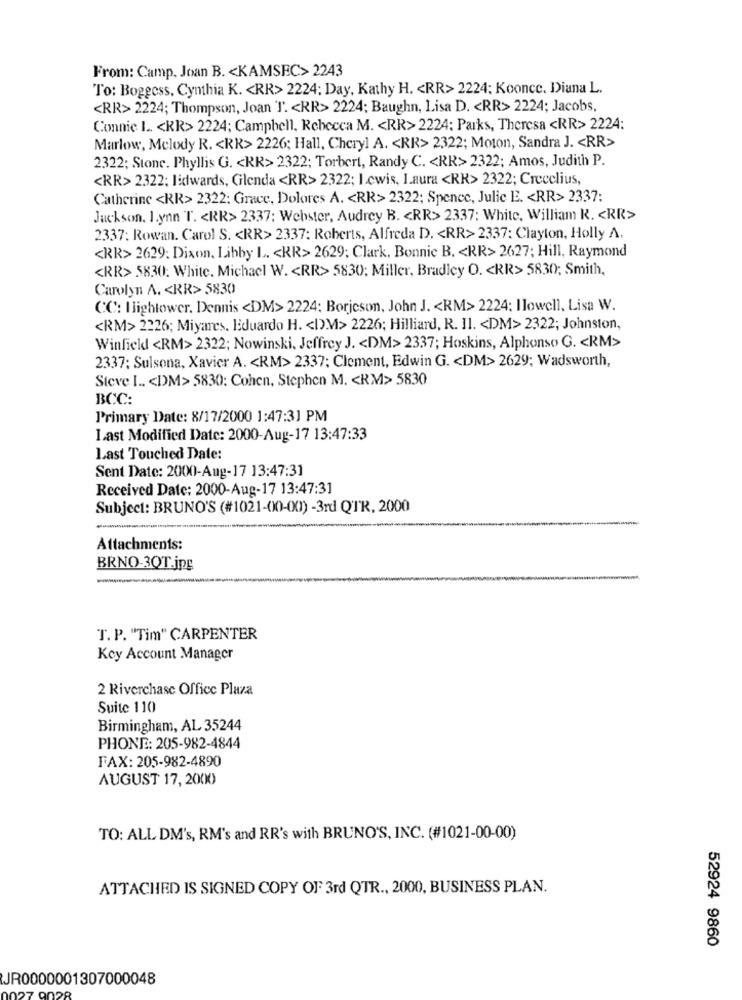
From: Camp, Joan B. < KAMSEC> 2243
To: Boggcss, Cynthia K. < RR> 2224; Day, Kathy H. < RR> 2224; Koonce. Diana L.
<RR> 2224; Thompson, Joan T. < RR> 2224; Baughn, Lisa D. < RR> 2224; Jacobs,
Connie I .. < KR> 2224; Campbell, Rebecca M. < RR> 2224; Parks, Theresa <RR> 2224:
Marlow, Melody R. < RR> 2226; Hall, Cheryl A. < RR> 2322; Moton, Sandra J. < RR>
2322; Stone. Phyllis G. < RR> 2322; Torbert, Randy C. < RR> 2322; Amos, Judith P.
<RR> 2322; lidwards, Glenda <RR> 2322; I .ewis, Laura <RK> 2322; Crecelius,
Catherine <RR> 2322; Grace, Dolores A. < RR> 2322; Spenec, Julie E. < RR> 2337:
Jackson. 1.ynn T. < RR> 2337; Webster, Audrey B. < RR> 2337: White, William R. < RR>
2337: Rowan. Carol S. < RR> 2337: Roberts, Alfreda D. < RR> 2337: Clayton, Holly A.
<RR> 2629: Dixon, Libby L. < KR> 2629; Clark, Bonnie B. < RR> 2627; Hill, Raymond
<RR> 5830: White. Michael W. < RR> 5830; Miller, Bradley O. < KR> 5830); Smith,
Carolyn A. < RR> 5830
CC: Hightower. Dennis <DM> 2224: Borjeson, John J. < RM> 2224: Ilowell, Lisa W.
<RM> 2226; Miyares. Eduardo H. < D.M> 2226; Hilliard, R. 11. < DM> 2322; Johnston,
Winfield <RM> 2322; Nowinski, Jeffrey J. < DM> 2337; Hoskins, Alphonso G. < RM>
2337: Sulsona, Xavier A. < RM> 2337; Clement, Edwin G. < DM> 2629; Wadsworth,
Steve I .. < DM> 5830: Cohen, Stephen M. < RM> 5830
BCC:
Primary Date: 8/17/2000 1:47:31 PM
Last Modified Date: 2000-Aug-17 13:47:33
Last Touched Date:
Sent Date: 2000-Aug-17 13:47:31
Received Date: 2000-Aug-17 13:47:31
Subject: BRUNO'S (#1021-00-00) -3rd QTR, 2000
Attachments:
BRNO-3QT.jpg
T. P. "Tim" CARPENTER
Key Account Manager
2 Riverchase Office Plaza
Suite 110
Birmingham, AL 35244
PHONE: 205-982-4844
FAX: 205-982-4890
AUGUST 17, 2000
TO: ALL DM's, RM's and RR's with BRUNO'S, INC. (#1021-00-00)
ATTACHED IS SIGNED COPY OF 3rd QTR ., 2000, BUSINESS PLAN.
52924 9860
JR0000001307000048